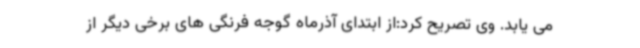
می یابد. وی تصریح کرد:از ابتدای آذرماه گوجه فرنگی های برخی دیگر از